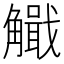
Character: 𧥄